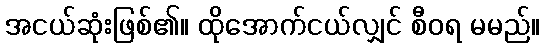
အငယ်ဆုံးဖြစ်၏။ ထိုအောက်ငယ်လျှင် စီဝရ မမည်။